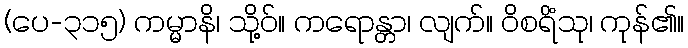
(ပေ-၃၁၅) ကမ္မာနိ၊ သို့ဝ်။ ကရောန္တာ၊ လျက်။ ဝိစရိံသု၊ ကုန်၏။